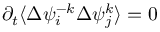
\partial _ { t } \langle \Delta { { \psi } _ { i } ^ { - k } } \Delta { \psi } _ { j } ^ { k } \rangle = 0